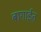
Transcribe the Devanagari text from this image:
बागाईत